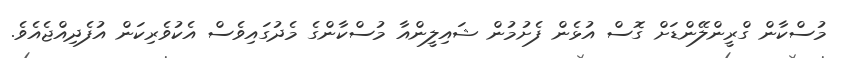
މުސްކާން ގްރީންލޭންޑަށް ގޮސް އުޅެން ފެށުމުން ޝައިލީންއާ މުސްކާންގެ މެދުގައިވެސް އެކުވެރިކަން އުފެދިއްޖެއެވެ.